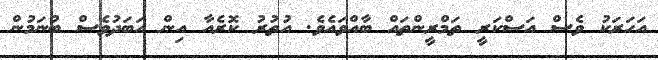
އަހަރަކު ވެސް އަސްކަރީ ތަމްރީންތައް ބާއްވައެވެ. އުތުރު ކޮރެއާ އިން އަބަދުވެސް ބުނަމުން